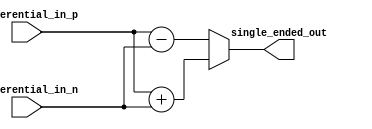
module differential_buffer (
    input wire differential_in_p,
    input wire differential_in_n,
    output reg single_ended_out
);

reg common_mode_voltage;
reg adjustable_gain;
reg slew_rate_control;
reg ESD_protection;

// Verilog code for differential buffer functionality

// Handle common-mode voltage
always @* begin
    common_mode_voltage = (differential_in_p + differential_in_n) / 2;
end

// Interface with other circuitry
always @* begin
    if (adjustable_gain) begin
        single_ended_out <= differential_in_p + differential_in_n;
    end else begin
        single_ended_out <= differential_in_p - differential_in_n;
    end
end

// Slew rate control
always @* begin
    if (slew_rate_control) begin
        // implement slew rate control logic here
    end
end

// ESD protection
always @* begin
    if (ESD_protection) begin
        // implement ESD protection logic here
    end
end

endmodule